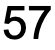
57